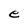
Character: e